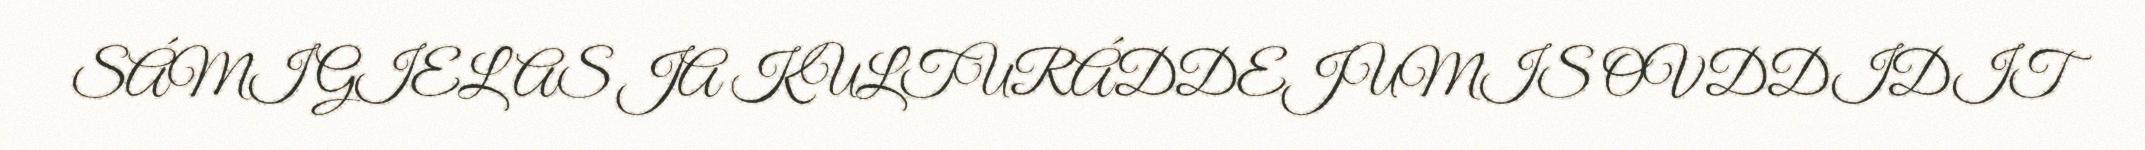
SÁMI GIELAS JA KULTURÁDDEJUMIS OVDDIDIT